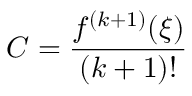
C = { \frac { f ^ { ( k + 1 ) } ( \xi ) } { ( k + 1 ) ! } }